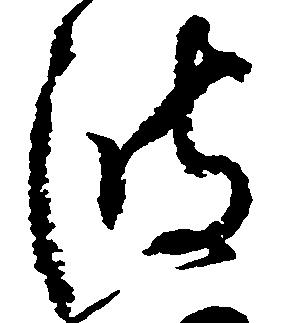
波